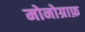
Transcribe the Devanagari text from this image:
मोनोग्राफ़